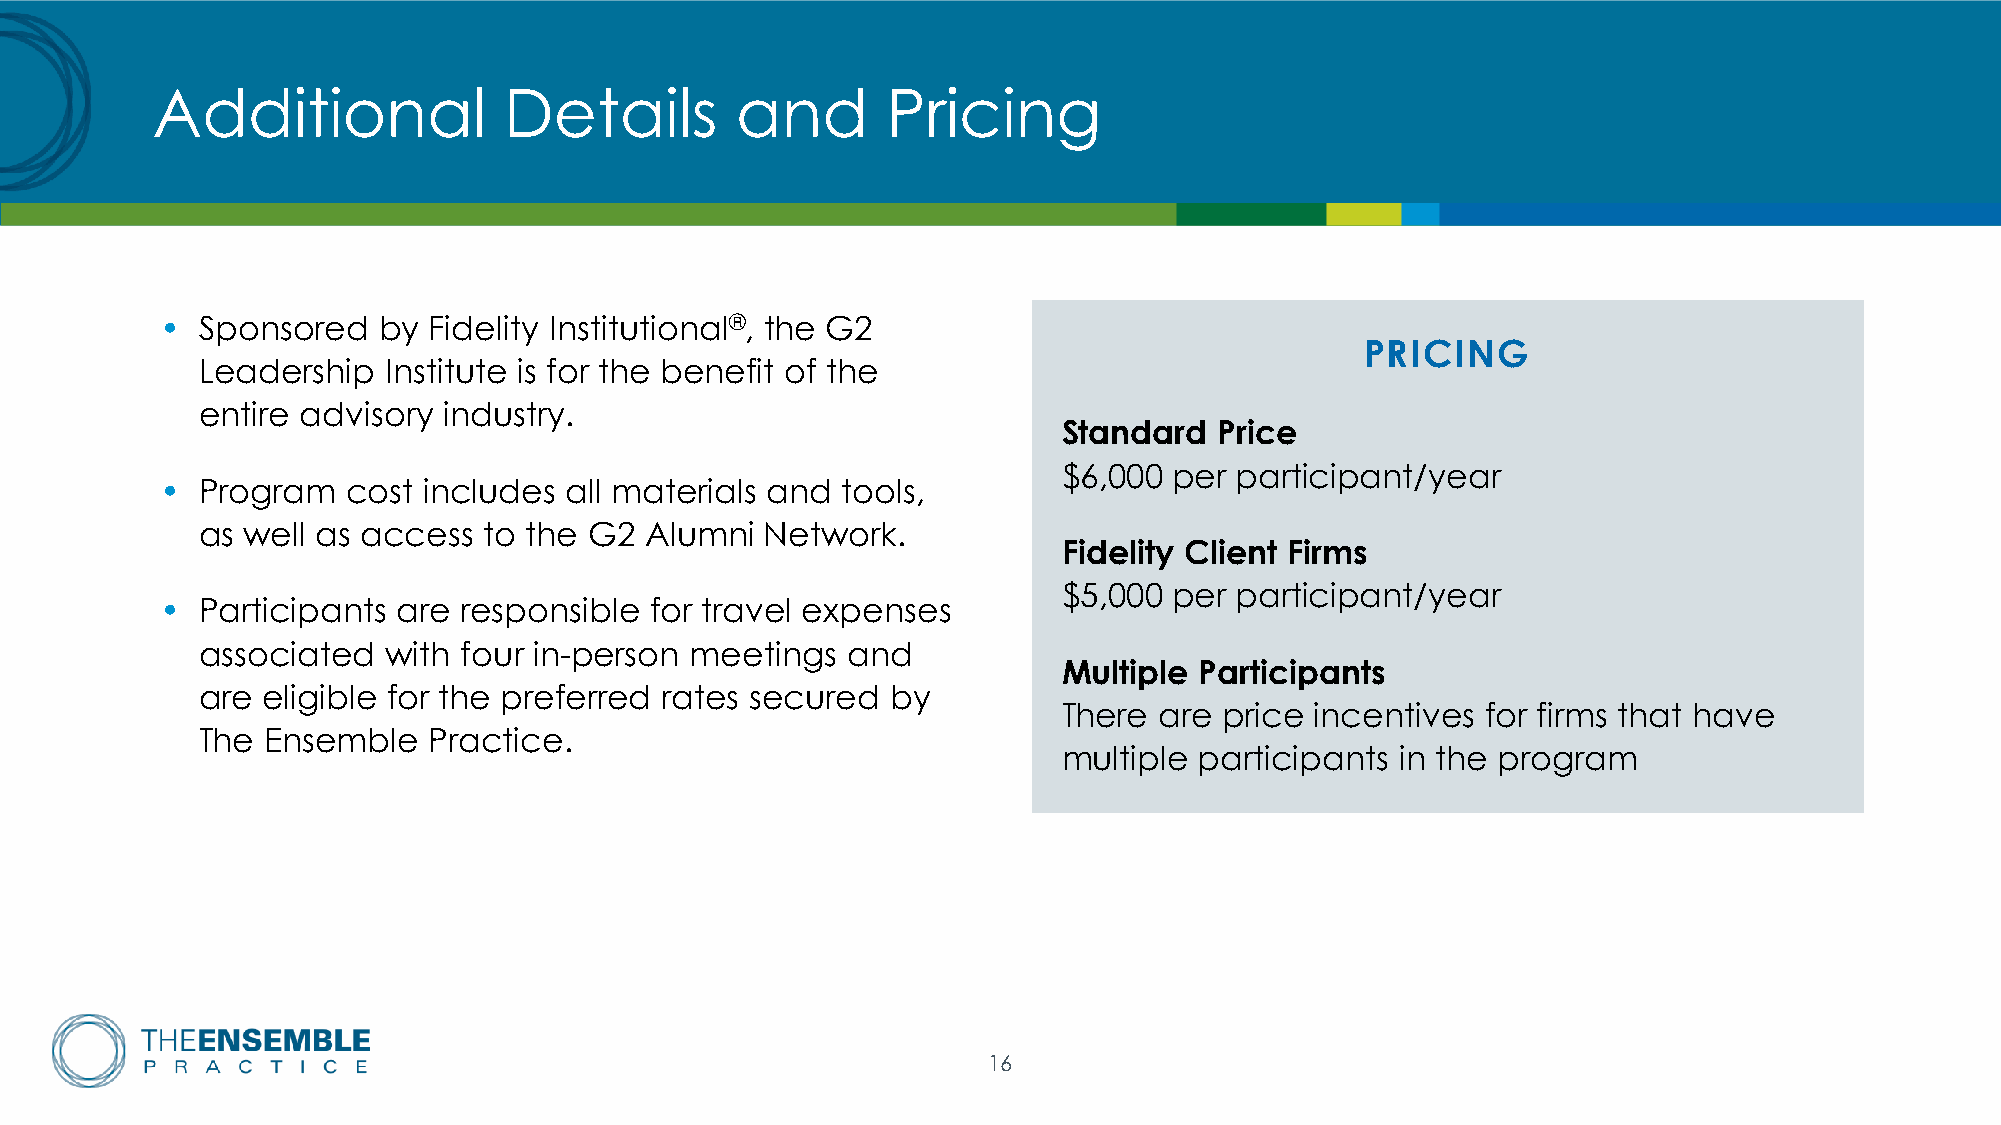
Additional             Details         and       Pricing
 • Sponsored   by Fidelity Institutional®, the G2
 PRICING
 Leadership   Institute is for the benefit of the
 entire advisory industry.
 Standard   Price
 $6,000  per participant/year
 • Program   cost includes all materials and  tools,
 as well as access  to the G2  Alumni  Network.
 Fidelity Client Firms
 $5,000  per participant/year
 • Participants are  responsible for travel expenses
 associated   with four in-person meetings  and
 Multiple Participants
 are eligible for the preferred rates secured  by
 There  are price incentives for firms that have
 The  Ensemble  Practice.
 multiple participants  in the program
 16